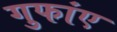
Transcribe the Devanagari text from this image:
गुफांए